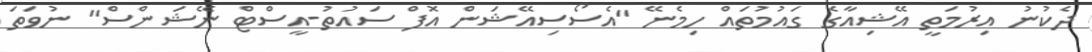
ދެކުނު އިރުމަތީ އޭޝިއާގެ ގައުމުތައް ހިމެނޭ "އެސޯސިއޭޝަން އޮފް ސައުތު-އީސްޓް ނޭޝަންސް" ނުވަތަ